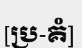
[ប្រ-គំ]